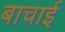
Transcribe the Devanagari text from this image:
बाचाई